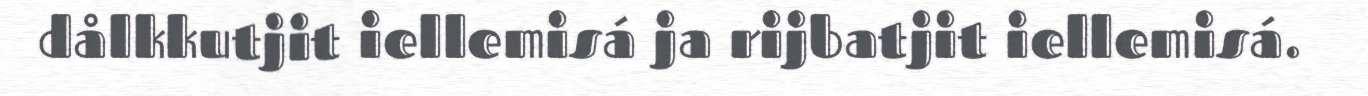
dålkkutjit iellemisá ja rijbatjit iellemisá.